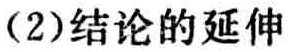
(2)结论的延伸